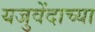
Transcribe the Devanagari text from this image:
यजुवेंदाच्या